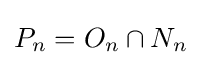
P_{n}=O_{n}\cap N_{n}